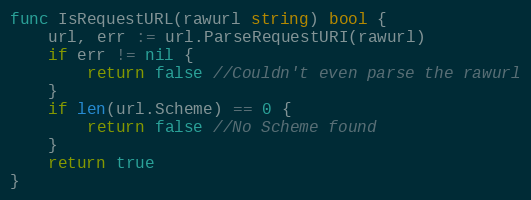
Language: Go
func IsRequestURL(rawurl string) bool {
	url, err := url.ParseRequestURI(rawurl)
	if err != nil {
		return false //Couldn't even parse the rawurl
	}
	if len(url.Scheme) == 0 {
		return false //No Scheme found
	}
	return true
}